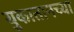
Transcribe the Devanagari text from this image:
युकातानच्या